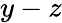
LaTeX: y-z